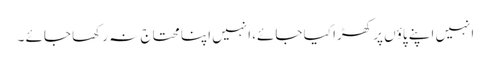
انہیں اپنے پاؤں پر کھڑا کیا جائے، انہیں اپنا محتاج نہ رکھا جائے ۔